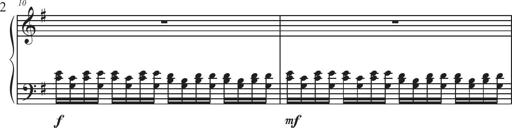
Title: Sonatina Espania
Composer: Jerald Franklin Archer
Key: Various